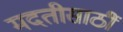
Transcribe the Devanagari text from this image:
मदतीसाठीं